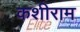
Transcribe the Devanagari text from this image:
कशीराम